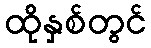
ထိုနှစ်တွင်